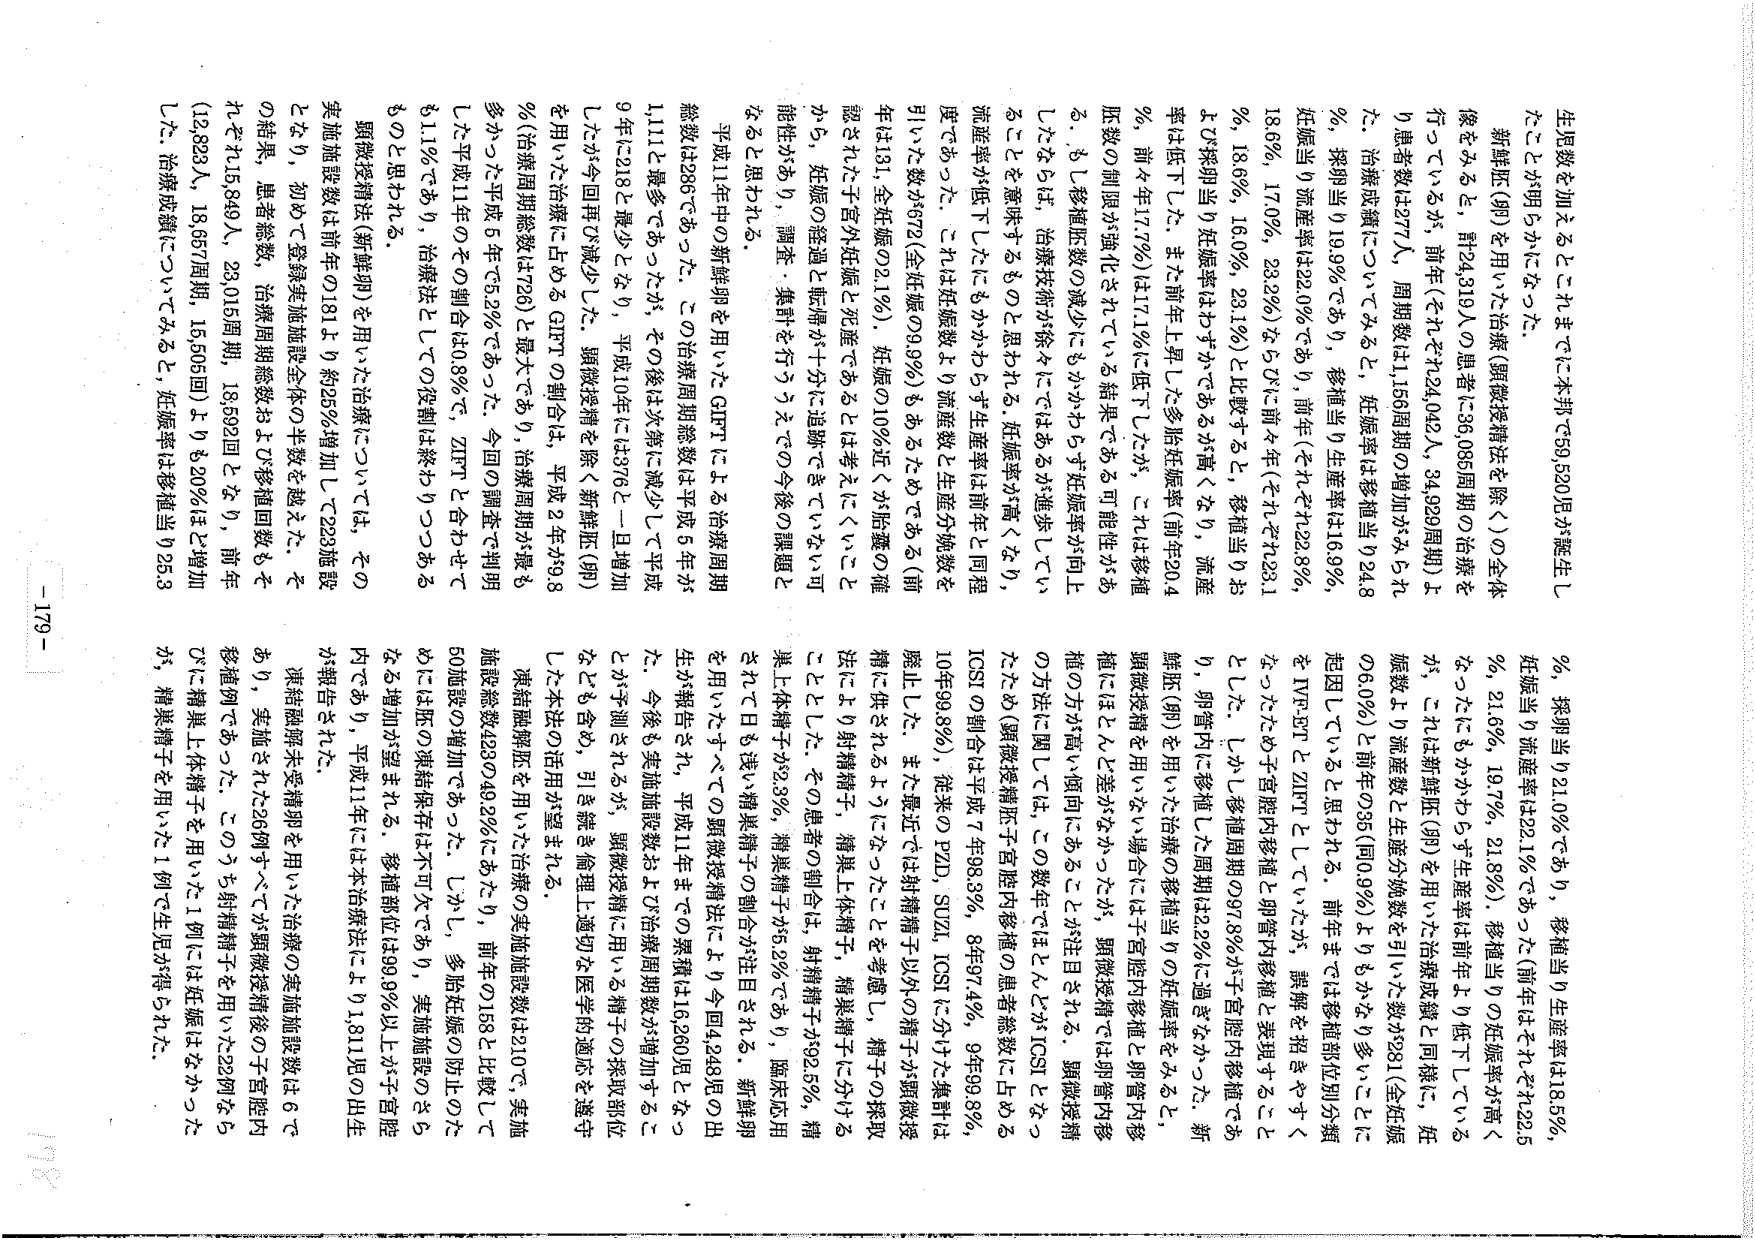
生児数を加えるとこれまでに本邦で59,520児が誕生したことが明らかになった。

新鮮胚（卵）を用いた治療（顕微授精法を除く）の全体像をみると，計24,310人の患者に36,085周期の治療を行っているが，前年（それぞれ24,042人，34,929周期）より患者数は277人，周期数は1,156周期の増加がみられた。治療成績についてみると，妊娠率は移植当り24.8％，採卵当り19.9％であり，移植当り生産率は16.9％，妊娠当り流産率は22.0％であり，前年（それぞれ22.8％，18.6％，17.0％，23.2％）ならびに前々年（それぞれ23.1％，18.6％，16.0％，23.1％）と比較すると，移植当りおよび採卵当り妊娠率はわずかであるが高くなり，流産率は低下した。また前年上昇した多胎妊娠率（前年20.4％，前々年17.7％）は17.1％に低下したが，これは移植胚数の制限が強化されている結果である可能性がある。もし移植胚数の減少にもかかわらず妊娠率が向上したならば，治療技術が徐々にではあるが進歩していることを意味するものと思われる。妊娠率が高くない，流産率が低下したにもかかわらず生産率は前年と同程度であった。これは妊娠数より流産数と生産分娩数を引いた数2,672（全妊娠の9.9％）もあるためである（前年は131，全妊娠の2.1％）。妊娠の10％近くが胎嚢の確認された子宮外妊娠と死産であるとは考えにくいことから，妊娠の経過と転帰が十分に追跡できていない可能性があり，調査・集計を行ううえでの今後の課題となると思われる。

平成11年中の新鮮卵を用いたGIFTによる治療周期総数は286であった。この治療周期総数は平成5年から11に最多であったが，その後は次第に減少して平成9年に218と最少となり，平成10年には376と一旦増加したが今回再び減少した。顕微授精を除く新鮮胚（卵）を用いた治療に占めるGIFTの割合は，平成2年から8％（治療周期総数は726）と最大であり，治療周期が最も多かった平成5年では2％であった。今回の調査で判明した平成11年のその割合は0.8％で，ZIFTと合わせても1.1％であり，治療法としての役割は終わりつつあるものと思われる。

顕微授精法（新鮮卵）を用いた治療については，その実施施設数は前年の181より約25％増加して223施設となり，初めて登録実施施設全体の半数を越えた。その結果，患者総数，治療周期総数および移植回数もそれぞれ15,849人，23,015周期，18,592回となり，前年（12,823人，18,657周期，15,505回）より約20％ほど増加した。治療成績についてみると，妊娠率は移植当り25.3％，採卵当り21.0％であり，移植当り生産率は18.5％，妊娠当り流産率は22.1％であった（前年はそれぞれ22.5％，21.6％，19.7％，21.8％）。移植当りの妊娠率が高くなったにもかかわらず生産率は前年より低下しているが，これは新鮮胚（卵）を用いた治療成績と同様に，妊娠数より流産数と生産分娩数を引いた数が281（全妊娠の6.0％）と前年の35（同0.9％）よりもかなり多くに起因していると思われる。前年までは移植部位別分類をIVF-ETとZIFTとしていたが，誤解を招きやすくなったため子宮腔内移植と卵管内移植と表現することとした。しかし移植周期の97.8％が子宮腔内移植であり，卵管内に移植した周期は2.2％に過ぎなかった。新鮮胚（卵）を用いた治療の移植当りの妊娠率をみると，顕微授精を用いない場合には子宮腔内移植と卵管内移植にほとんど差がなかったが，顕微授精では卵管内移植の方が高い傾向にあることが注目される。顕微授精の方法に関しては，この数年ではどんどんICS1となった（顕微授精胚子宮腔内移植の患者総数に占めるICS1の割合は平成7年98.3％，8年97.4％，9年99.8％，10年99.8％），従来のPZD，SUZI，ICS1に分けた集計は廃止した。また最近では射精精子以外の精子が顕微授精に供されるようになったことを考慮し，精子の採取法により射精精子，精巣上体精子，精巣精子に分けることとした。その患者の割合は，射精精子が92.5％，精巣上体精子が3.3％，精巣精子が5.2％であり，臨床応用された日も浅い精巣精子の割合が注目される。新鮮卵を用いたすべての顕微授精法により今回1,248児の出生が報告され，平成11年までの累積は16,260児となった。今後も実施施設数および治療周期数が増加することができると予測されるが，顕微授精に用いる精子の採取部位なども含め，引き続き倫理上適切な医学的適応を遵守した本法の活用が望まれる。

凍結融解胚を用いた治療の実施施設数は210で，実施施設総数423の49.2％にあたり，前年の158と比較して60施設の増加であった。しかし，多胎妊娠の防止のためには原の凍結保存は不可欠であり，実施施設のさらなる増加が望まれる。移植部位は99.9％以上が子宮腔内であり，平成11年には本治療法により1,811児の出生が報告された。

凍結融解未受精卵を用いた治療の実施施設数は6であり，実施された36例すべてが顕微授精後の子宮腔内移植例であった。このうち射精精子を用いた22例ならびに精巣上体精子を用いた1例には妊娠はなかったが，精巣精子を用いた1例で生児が得られた。

- 179 -